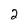
Character: 2